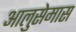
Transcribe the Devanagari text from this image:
आलुसेमास